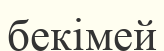
бекімей